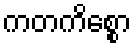
ကတကိစ္စော